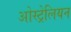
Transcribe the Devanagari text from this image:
ओस्ट्रेलियन